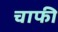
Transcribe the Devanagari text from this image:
चाफी